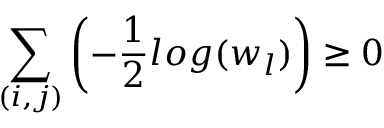
\sum _ { ( i , j ) } \left( - \frac { 1 } { 2 } l o g ( w _ { l } ) \right) \geq 0